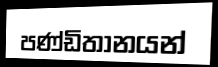
පණ්ඩිතානයන්